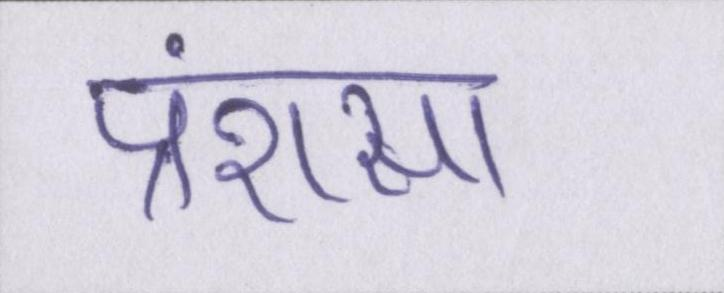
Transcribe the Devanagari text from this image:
प्रंशसा